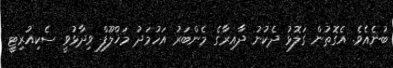
ބުނެއެވެ. އެގޮތުން ގަލޮޅު ދެކުނު ދާއިރާގެ މެންބަރު އަހުމަދު މަޚްލޫފް ވިދާޅުވީ ސެކިއުރިޓީ